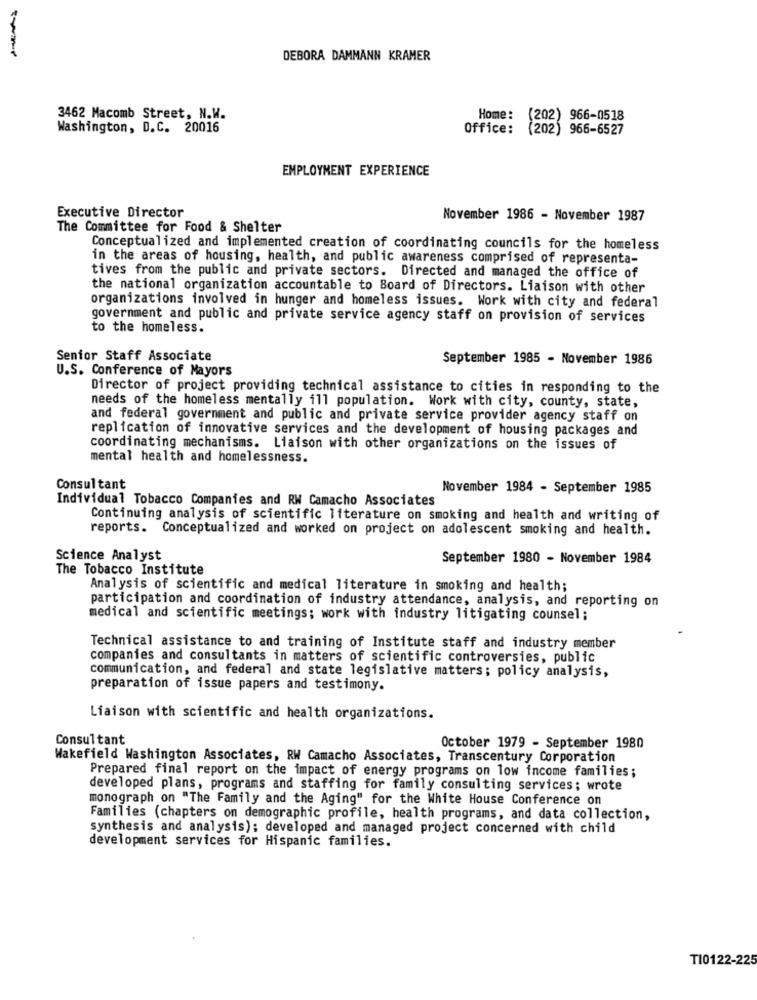
DEBORA DAMMANN KRAMER
3462 Macomb Street, N.W.
Home: (202) 966-0518
Washington, D.C. 20016
Office: (202) 966-6527
EMPLOYMENT EXPERIENCE
Executive Director
November 1986 - November 1987
The Committee for Food & Shelter
Conceptualized and implemented creation of coordinating councils for the homeless
in the areas of housing, health, and public awareness comprised of representa-
tives from the public and private sectors. Directed and managed the office of
the national organization accountable to Board of Directors. Liaison with other
organizations involved in hunger and homeless issues. Work with city and federal
government and public and private service agency staff on provision of services
to the homeless.
Senior Staff Associate
September 1985 - November 1986
U.S. Conference of Mayors
Director of project providing technical assistance to cities in responding to the
needs of the homeless mentally ill population. Work with city, county, state,
and federal government and public and private service provider agency staff on
replication of innovative services and the development of housing packages and
coordinating mechanisms. Liaison with other organizations on the issues of
mental health and homelessness.
Consultant
November 1984 - September 1985
Individual Tobacco Companies and RW Camacho Associates
Continuing analysis of scientific literature on smoking and health and writing of
reports. Conceptualized and worked on project on adolescent smoking and health.
Science Analyst
September 1980 - November 1984
The Tobacco Institute
Analysis of scientific and medical literature in smoking and health;
participation and coordination of industry attendance, analysis, and reporting on
medical and scientific meetings; work with industry litigating counsel;
Technical assistance to and training of Institute staff and industry member
companies and consultants in matters of scientific controversies, public
communication, and federal and state legislative matters; policy analysis,
preparation of issue papers and testimony.
Liaison with scientific and health organizations.
Consultant
October 1979 - September 1980
Wakefield Washington Associates, RW Camacho Associates, Transcentury Corporation
Prepared final report on the impact of energy programs on low income families;
developed plans, programs and staffing for family consulting services; wrote
monograph on "The Family and the Aging" for the White House Conference on
Families (chapters on demographic profile, health programs, and data collection,
synthesis and analysis); developed and managed project concerned with child
development services for Hispanic families.
T10122-225